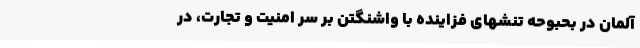
آلمان در بحبوحه تنشهای فزاینده با واشنگتن بر سر امنیت و تجارت، در